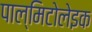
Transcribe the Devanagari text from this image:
पाल्मिटोलेइक